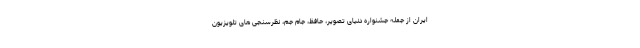
ایران از جمله جشنواره دنیای تصویر، حافظ، جام جم، نظرسنجی های تلویزیون